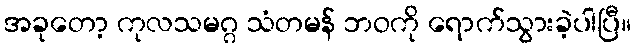
အခုတော့ ကုလသမဂ္ဂ သံတမန် ဘဝကို ရောက်သွားခဲ့ပါပြီ။